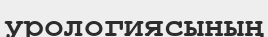
урологиясының